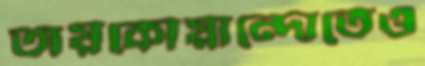
তায়কোয়ান্দোতেও